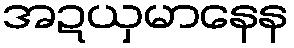
အဍယှမာနေန